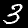
Digit: 3